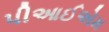
પીઆઈએમ